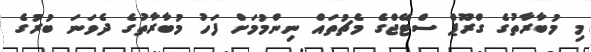
މި މުބާރާތުގެ ގްރޫޕް ސްޓޭޖްގެ މެޗުތައް ނިންމުމަށް ފަހު މުބާރާތުގެ ދެވަނަ ބުރުގެ